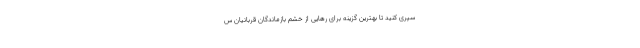
سپری کنید تا بهترین گزینه برای رهایی از خشم بازماندگان قربانیان س